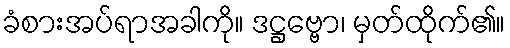
ခံစားအပ်ရာအခါကို။ ဒဋ္ဌဗ္ဗော၊ မှတ်ထိုက်၏။